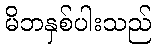
မိဘနှစ်ပါးသည်